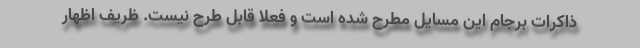
ذاکرات برجام این مسایل مطرح شده است و فعلا قابل طرح نیست. ظریف اظهار